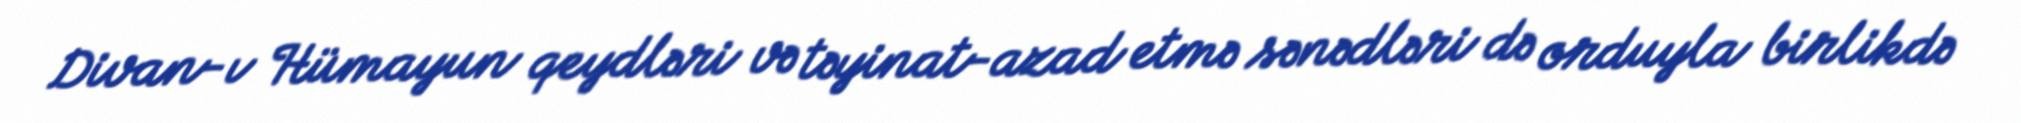
Divan-ı Hümayun qeydləri və təyinat-azad etmə sənədləri də orduyla birlikdə